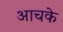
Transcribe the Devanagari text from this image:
आचके